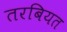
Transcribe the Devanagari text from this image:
तरबियत